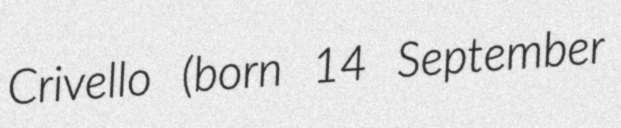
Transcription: Crivello (born 14 September